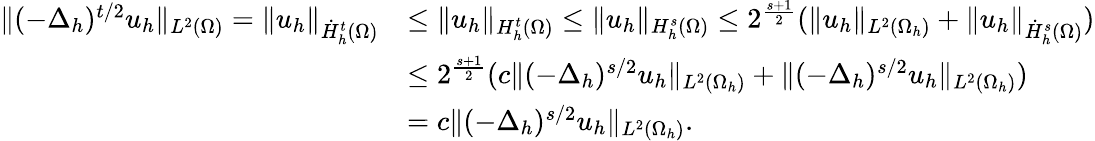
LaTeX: \begin{array}{rl}{\| (-\Delta_{h})^{t/2}u_{h}\| _{L^{2}(\Omega)}=\| u_{h}\| _{\dot{H}_{h}^{t}(\Omega)}}&{\leq\| u_{h}\| _{H_{h}^{t}(\Omega)}\leq\| u_{h}\| _{H_{h}^{s}(\Omega)}\leq 2^{\frac{s+1}{2}}(\| u_{h}\| _{L^{2}(\Omega_{h})}+\| u_{h}\| _{\dot{H}_{h}^{s}(\Omega)})}\\ &{\leq 2^{\frac{s+1}{2}}(c\| (-\Delta_{h})^{s/2}u_{h}\| _{L^{2}(\Omega_{h})}+\| (-\Delta_{h})^{s/2}u_{h}\| _{L^{2}(\Omega_{h})})}\\ &{={c}\| (-\Delta_{h})^{s/2}u_{h}\| _{L^{2}(\Omega_{h})}.}\end{array}